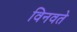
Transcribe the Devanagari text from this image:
विनवते